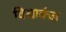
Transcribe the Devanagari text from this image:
विद्याकंज